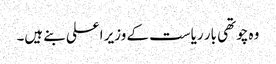
وہ چوتھی بار ریاست کے وزیر اعلی بنے ہیں۔